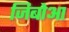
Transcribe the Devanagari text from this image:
जिबोआ